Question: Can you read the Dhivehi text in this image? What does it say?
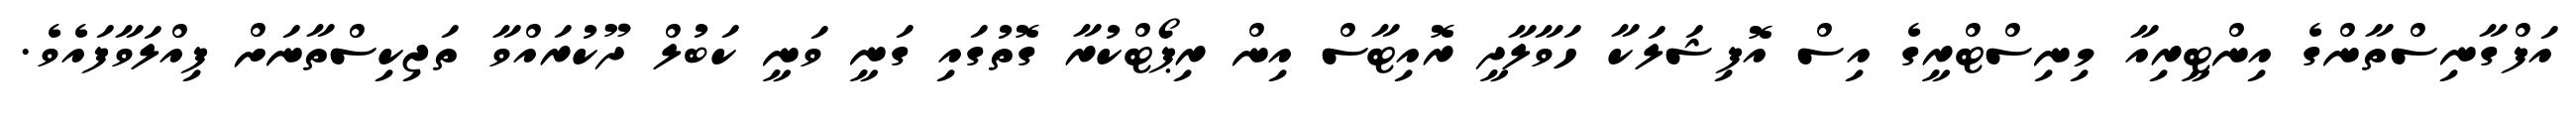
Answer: އަފްގާނިސްތާންގެ އިންޓީރިއާ މިނިސްޓްރީގެ އިސް އޮފިޝަލަކާ ހަވާލާދީ ރޮއިޓާސް އިން ރިޕޯޓްކުރާ ގޮތުގައި ގަނީ ވަނީ ކަބުލް ދޫކުރައްވާ ތަޖިކިސްތާނަށް ފިއްލަވާފައެވެ.